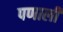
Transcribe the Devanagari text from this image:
पणाली